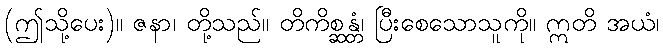
(ဤသို့ပေး)။ ဇနာ၊ တို့သည်။ တိကိစ္ဆန္တံ၊ ပြီးစေသောသူကို။ ဣတိ အယံ၊